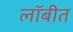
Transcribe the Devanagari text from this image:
लॉबीत